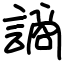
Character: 謪